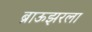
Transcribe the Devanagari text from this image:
ब्राऊझरला